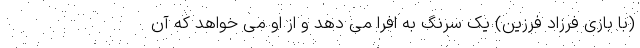
(با بازی فرزاد فرزین) یک سرنگ به افرا می دهد و از او می خواهد که آن